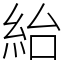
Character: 紿